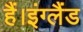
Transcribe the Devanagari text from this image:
हैं।इंग्लैंड